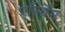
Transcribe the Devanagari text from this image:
एर्ल्विन